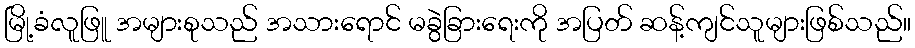
မြို့ခံလူဖြူ အများစုသည် အသားရောင် မခွဲခြားရေးကို အပြတ် ဆန့်ကျင်သူများဖြစ်သည်။